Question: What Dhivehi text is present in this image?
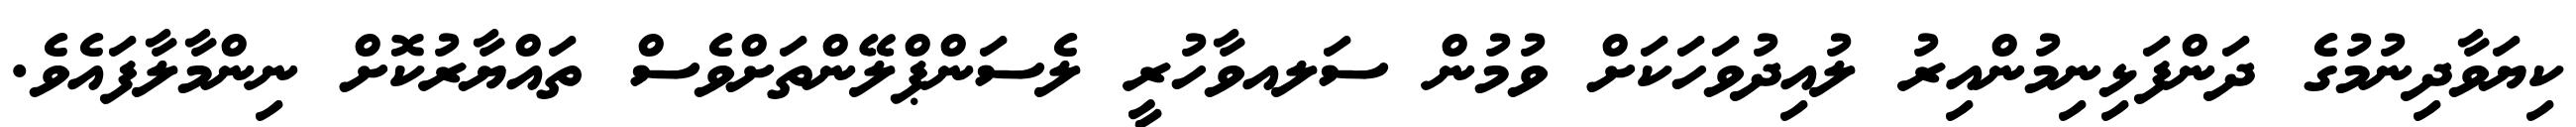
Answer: ކިޔަވާދިނުމުގެ ދަންފަޅިނިމުންއިރު ލުއިދުވަހަކަށް ވުމުން ސަލއވާހުރީ ލެސަންޕްލޭންތަށްވެސް ތައްޔާރުކޮށް ނިންމާލާފައެވެ.